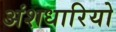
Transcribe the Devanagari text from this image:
अंशधारियो